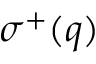
\sigma ^ { + } ( \boldsymbol q )